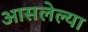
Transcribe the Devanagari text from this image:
आसलेल्या